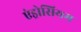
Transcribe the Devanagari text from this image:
एंड्रोसियम